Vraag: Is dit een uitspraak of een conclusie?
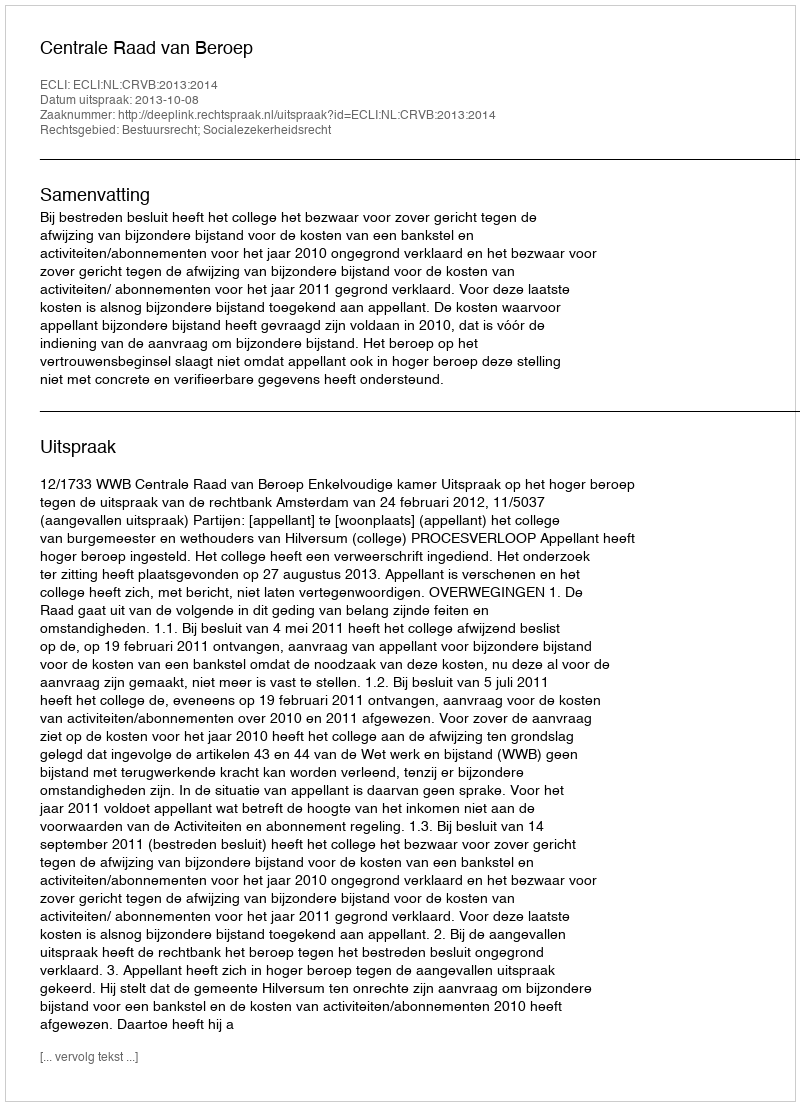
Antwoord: Uitspraak